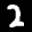
Digit: 2